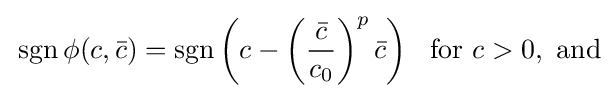
\,\operatorname {sgn} \phi (c,{\bar {c}})=\operatorname {sgn} \left(c-\left({\frac {\bar {c}}{c_{0}}}\right)^{p}{\bar {c}}\right)~~{\textrm {for}}~c>0,~{\textrm {and}}